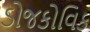
ડોજકોવિક